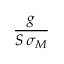
\frac { g } { S \, \sigma _ { M } }